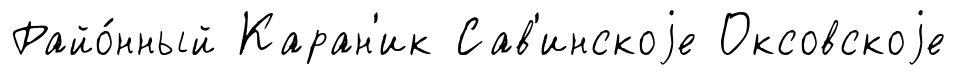
Райо́нный Каран'ик Сав'инскоjе Оксовскоjе